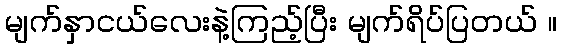
မျက်နှာငယ်လေးနဲ့ကြည့်ပြီး မျက်ရိပ်ပြတယ် ။